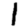
Digit: 1